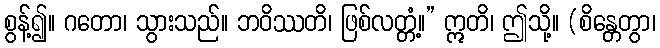
စွန့်၍။ ဂတော၊ သွားသည်။ ဘဝိဿတိ၊ ဖြစ်လတ္တံ့။” ဣတိ၊ ဤသို့။ (စိန္တေတွာ၊